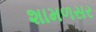
શામળસર